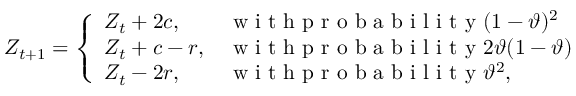
Z _ { t + 1 } = \left\{ \begin{array} { l l } { Z _ { t } + 2 c , \quad } & { \mathrm { ~ w ~ i ~ t ~ h ~ p ~ r ~ o ~ b ~ a ~ b ~ i ~ l ~ i ~ t ~ y ~ } ( 1 - \vartheta ) ^ { 2 } } \\ { Z _ { t } + c - r , } & { \mathrm { ~ w ~ i ~ t ~ h ~ p ~ r ~ o ~ b ~ a ~ b ~ i ~ l ~ i ~ t ~ y ~ } 2 \vartheta ( 1 - \vartheta ) } \\ { Z _ { t } - 2 r , } & { \mathrm { ~ w ~ i ~ t ~ h ~ p ~ r ~ o ~ b ~ a ~ b ~ i ~ l ~ i ~ t ~ y ~ } \vartheta ^ { 2 } , } \end{array} \right.